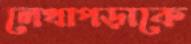
লেখাপড়াকে